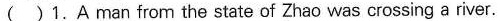
( )1.A man from the state of Zhao was crossing a river.